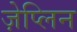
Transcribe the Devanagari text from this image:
ज़ेप्लिन